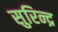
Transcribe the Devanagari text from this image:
सुरिन्द्र